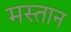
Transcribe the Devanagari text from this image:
मस्‍तान